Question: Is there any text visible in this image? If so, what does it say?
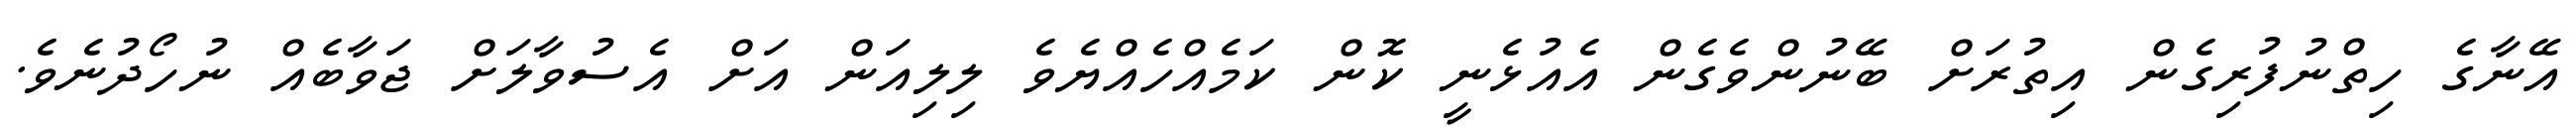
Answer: އޭނާގެ ހިތްނުފުރިގެން އިތުރަށް ބޭނުންވެގެން އެއުޅެނީ ކޮން ކަމެއްހެއްޔެވެ ލިލިއަން އަށް އެސުވާލަށް ޖަވާބެއް ނުހޯދުނެވެ.